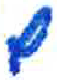
אות: ם